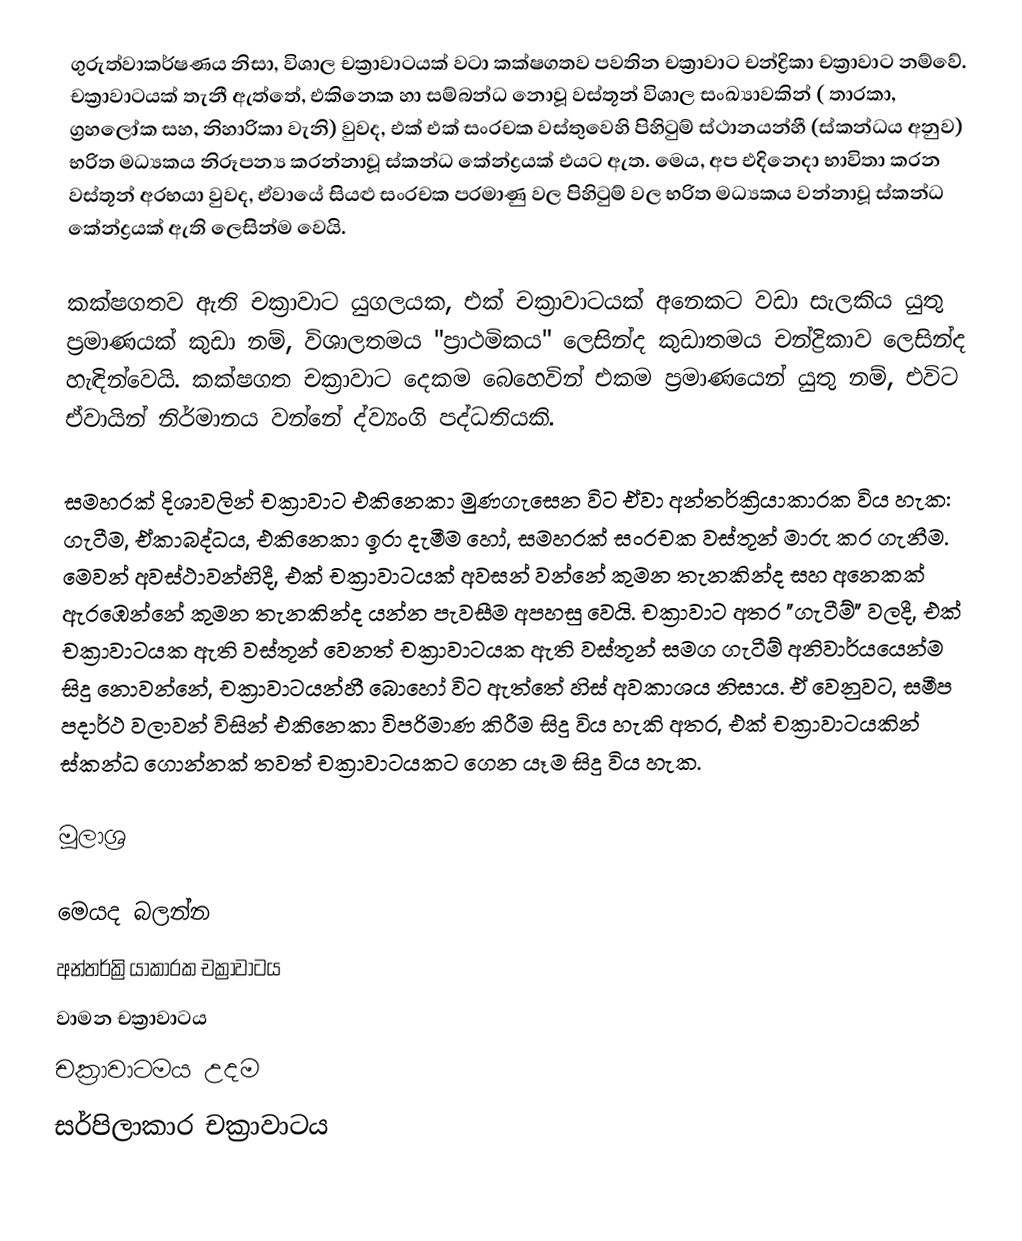
ගුරුත්වාකර්ෂණය නිසා,  විශාල චක්‍රාවාටයක් වටා  කක්ෂගතව පවතින චක්‍රාවාට චන්ද්‍රිකා චක්‍රාවාට නම්වේ.  චක්‍රාවාටයක් තැනී ඇත්තේ, එකිනෙක හා සම්බන්ධ නොවූ වස්තූන් විශාල සංඛ්‍යාවකින් ( තාරකා, ග්‍රහලෝක සහ, නිහාරිකා වැනි) වුවද,  එක් එක් සංරචක වස්තුවෙහි පිහිටුම් ස්ථානයන්හී (ස්කන්ධය අනුව) භරිත මධ්‍යකය නිරූපන්‍ය කරන්නාවූ ස්කන්ධ කේන්ද්‍රයක් එයට ඇත.  මෙය, අප එදිනෙදා භාවිතා කරන වස්තූන් අරභයා වුවද, ඒවායේ සියළු සංරචක පරමාණු වල පිහිටුම් වල භරිත මධ්‍යකය වන්නාවූ ස්කන්ධ කේන්ද්‍රයක් ඇති ලෙසින්ම වෙයි.

කක්ෂගතව ඇති චක්‍රාවාට යුගලයක, එක් චක්‍රාවාටයක් අනෙකට වඩා සැලකිය යුතු ප්‍රමාණයක් කුඩා නම්, විශාලතමය "ප්‍රාථමිකය" ලෙසින්ද කුඩාතමය චන්ද්‍රිකාව ලෙසින්ද හැඳින්වෙයි.  කක්ෂගත චක්‍රාවාට දෙකම බෙහෙවින් එකම ප්‍රමාණයෙන් යුතු නම්, එවිට ඒවායින් නිර්මානය වන්නේ ද්ව්‍යංගි පද්ධතියකි.

සමහරක් දිශාවලින් චක්‍රාවාට එකිනෙකා මුණගැසෙන විට ඒවා අන්තර්ක්‍රියාකාරක විය හැක: ගැටීම, ඒකාබද්ධය, එකිනෙකා ඉරා දැමීම හෝ, සමහරක් සංරචක වස්තූන් මාරු කර ගැනීම. මෙවන් අවස්ථාවන්හිදී, එක් චක්‍රාවාටයක් අවසන් වන්නේ කුමන තැනකින්ද සහ අනෙකක් ඇරඹෙන්නේ කුමන තැනකින්ද යන්න පැවසීම අපහසු වෙයි. චක්‍රාවාට අතර "ගැටීම්" වලදී, එක් චක්‍රාවාටයක ඇති වස්තූන් වෙනත් චක්‍රාවාටයක ඇති වස්තූන් සමග ගැටීම් අනිවාර්යයෙන්ම සිදු නොවන්නේ, චක්‍රාවාටයන්හී බොහෝ විට ඇත්තේ හිස් අවකාශය නිසාය. ඒ වෙනුවට, සමීප පදාර්ථ වලාවන් විසින් එකිනෙකා විපරිමාණ කිරීම සිදු විය හැකි අතර, එක් චක්‍රාවාටයකින් ස්කන්ධ ගොන්නක් තවත් චක්‍රාවාටයකට ගෙන යෑම සිදු විය හැක.

මූලාශ්‍ර

මෙයද බලන්න
 අන්තර්ක්‍රියාකාරක චක්‍රාවාටය
 වාමන චක්‍රාවාටය
 චක්‍රාවාටමය උදම
 සර්පිලාකාර චක්‍රාවාටය